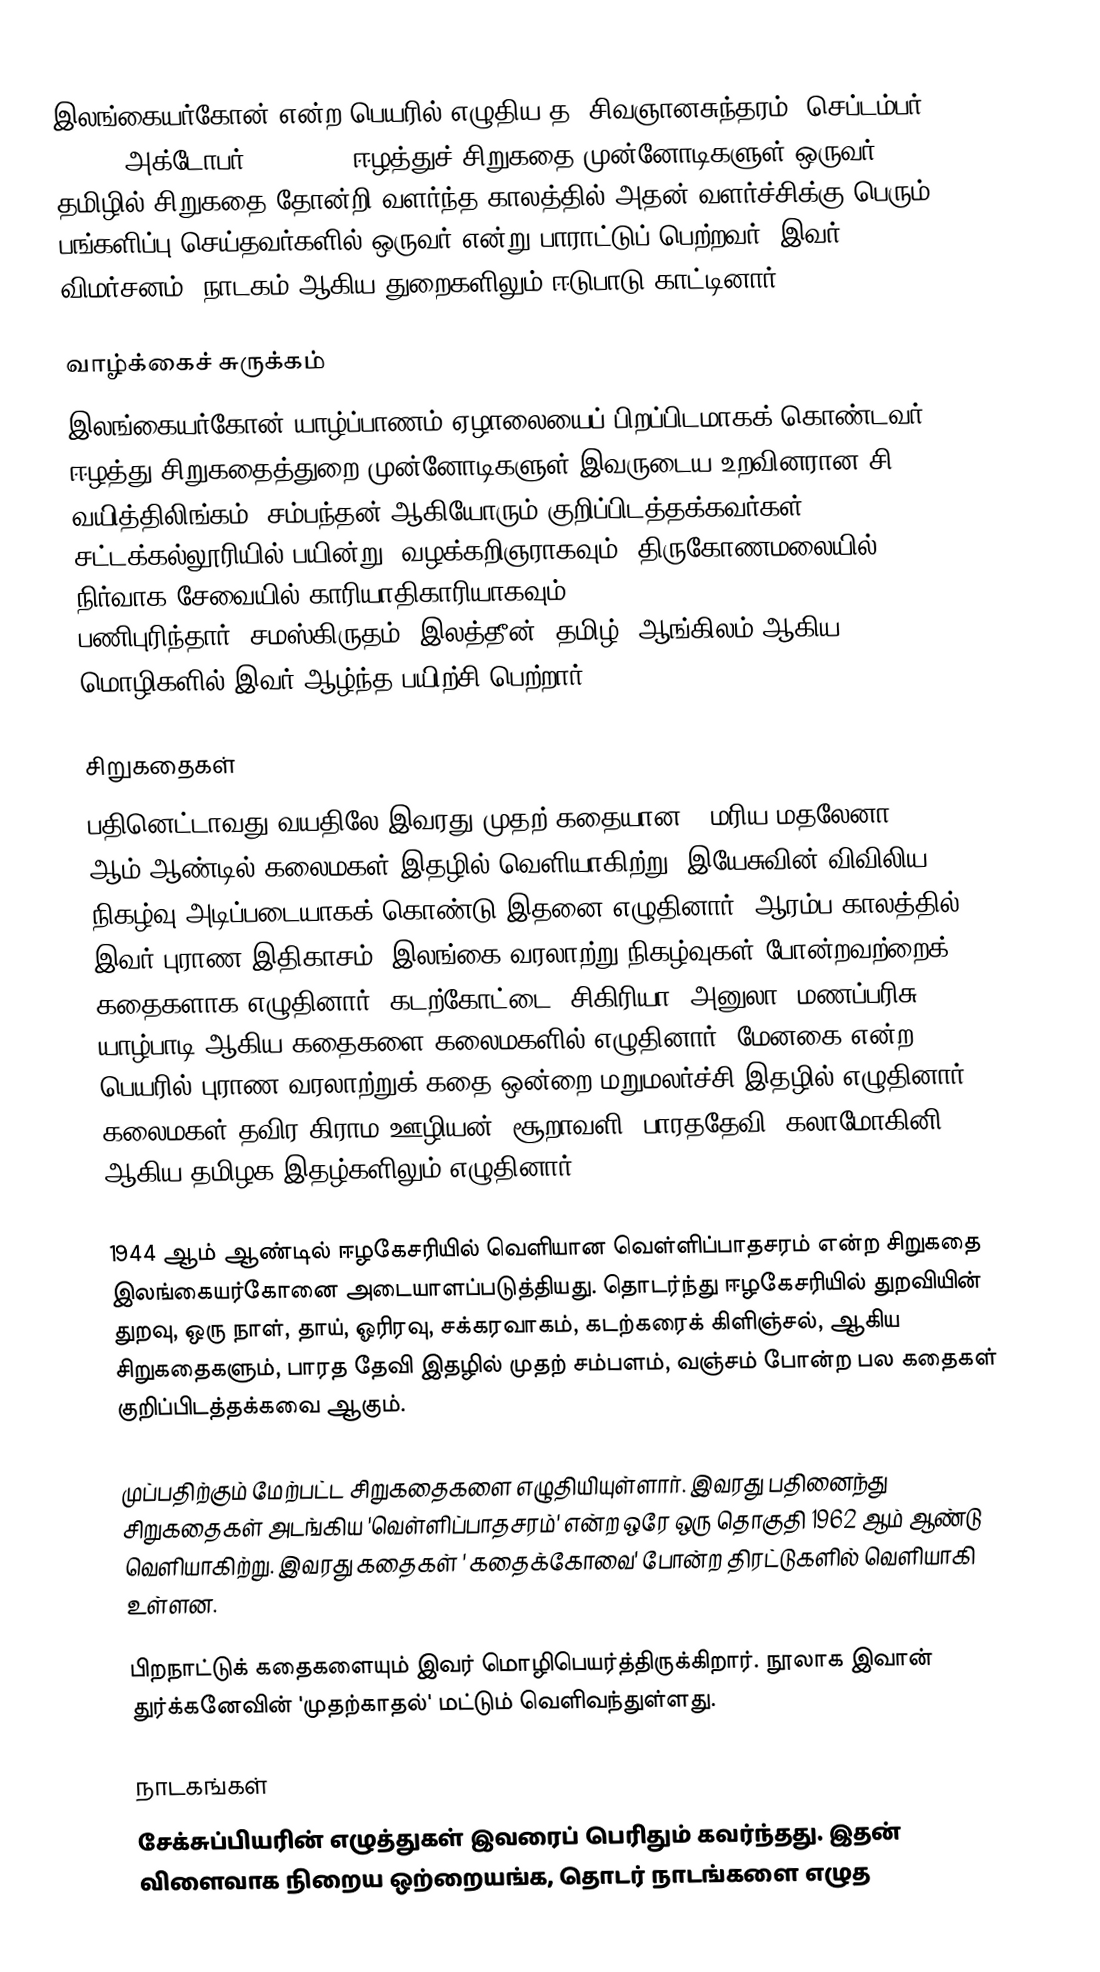
இலங்கையர்கோன் என்ற பெயரில் எழுதிய த. சிவஞானசுந்தரம், செப்டம்பர் 6, 1915 - அக்டோபர் 14, 1961) ஈழத்துச் சிறுகதை முன்னோடிகளுள் ஒருவர். தமிழில் சிறுகதை தோன்றி வளர்ந்த காலத்தில் அதன் வளர்ச்சிக்கு பெரும் பங்களிப்பு செய்தவர்களில் ஒருவர் என்று பாராட்டுப் பெற்றவர். இவர் விமர்சனம், நாடகம் ஆகிய துறைகளிலும் ஈடுபாடு காட்டினார்.

வாழ்க்கைச் சுருக்கம்
இலங்கையர்கோன் யாழ்ப்பாணம் ஏழாலையைப் பிறப்பிடமாகக் கொண்டவர். ஈழத்து சிறுகதைத்துறை முன்னோடிகளுள் இவருடைய உறவினரான சி. வயித்திலிங்கம், சம்பந்தன் ஆகியோரும் குறிப்பிடத்தக்கவர்கள். சட்டக்கல்லூரியில் பயின்று, வழக்கறிஞராகவும், திருகோணமலையில் நிர்வாக சேவையில் காரியாதிகாரியாகவும் (DIVISIONAL REVENUE OFFICEER) பணிபுரிந்தார். சமஸ்கிருதம், இலத்தீன், தமிழ், ஆங்கிலம் ஆகிய மொழிகளில் இவர் ஆழ்ந்த பயிற்சி பெற்றார்.

சிறுகதைகள்
பதினெட்டாவது வயதிலே இவரது முதற் கதையான ' மரிய மதலேனா' 1938 ஆம் ஆண்டில் கலைமகள் இதழில் வெளியாகிற்று. இயேசுவின் விவிலிய நிகழ்வு அடிப்படையாகக் கொண்டு இதனை எழுதினார். ஆரம்ப காலத்தில் இவர் புராண இதிகாசம், இலங்கை வரலாற்று நிகழ்வுகள் போன்றவற்றைக் கதைகளாக எழுதினார். கடற்கோட்டை, சிகிரியா, அனுலா, மணப்பரிசு, யாழ்பாடி ஆகிய கதைகளை கலைமகளில் எழுதினார். மேனகை என்ற பெயரில் புராண வரலாற்றுக் கதை ஒன்றை மறுமலர்ச்சி இதழில் எழுதினார். கலைமகள் தவிர கிராம ஊழியன், சூறாவளி, பாரததேவி, கலாமோகினி ஆகிய தமிழக இதழ்களிலும் எழுதினார்.

1944 ஆம் ஆண்டில் ஈழகேசரியில் வெளியான வெள்ளிப்பாதசரம் என்ற சிறுகதை இலங்கையர்கோனை அடையாளப்படுத்தியது. தொடர்ந்து ஈழகேசரியில் துறவியின் துறவு, ஒரு நாள், தாய், ஓரிரவு, சக்கரவாகம், கடற்கரைக் கிளிஞ்சல், ஆகிய சிறுகதைகளும், பாரத தேவி இதழில் முதற் சம்பளம், வஞ்சம் போன்ற பல கதைகள் குறிப்பிடத்தக்கவை ஆகும்.

முப்பதிற்கும் மேற்பட்ட சிறுகதைகளை எழுதியியுள்ளார். இவரது பதினைந்து சிறுகதைகள் அடங்கிய 'வெள்ளிப்பாதசரம்' என்ற ஒரே ஒரு தொகுதி 1962 ஆம் ஆண்டு வெளியாகிற்று. இவரது கதைகள் ' கதைக்கோவை' போன்ற திரட்டுகளில் வெளியாகி உள்ளன.

பிறநாட்டுக் கதைகளையும் இவர் மொழிபெயர்த்திருக்கிறார். நூலாக இவான் துர்க்கனேவின் 'முதற்காதல்' மட்டும் வெளிவந்துள்ளது.

நாடகங்கள்
சேக்சுப்பியரின் எழுத்துகள் இவரைப் பெரிதும் கவர்ந்தது. இதன் விளைவாக நிறைய ஒற்றையங்க, தொடர் நாடங்களை எழுத